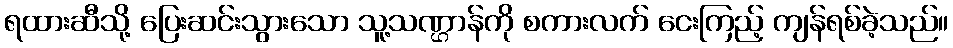
ရထားဆီသို့ ပြေးဆင်းသွားသော သူ့သဏ္ဌာန်ကို စကားလက် ငေးကြည့် ကျန်ရစ်ခဲ့သည်။